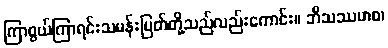
ကြာစွယ်ကြာရင်းသမန်းမြတ်တို့သည်လည်းကောင်း။ ဘိသဿမာစ၊